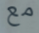
مع